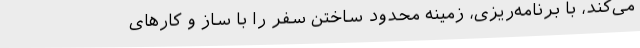
می‌کند، با برنامه‌ریزی، زمینه محدود ساختن سفر را با ساز و کارهای